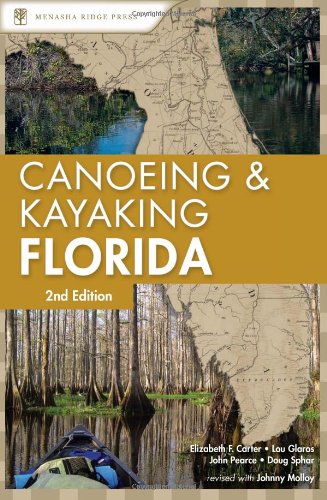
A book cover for Canoeing and Kayaking Florida (Canoe and Kayak Series); Johnny Molloy; Sports & Outdoors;